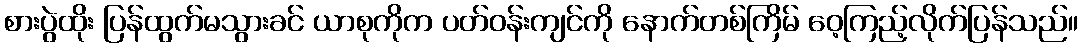
စားပွဲထိုး ပြန်ထွက်မသွားခင် ယာစုကိုက ပတ်ဝန်းကျင်ကို နောက်တစ်ကြိမ် ဝေ့ကြည့်လိုက်ပြန်သည်။